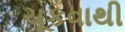
ચૂકવાથી